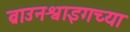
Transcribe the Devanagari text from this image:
ब्राउनश्वाइगच्या